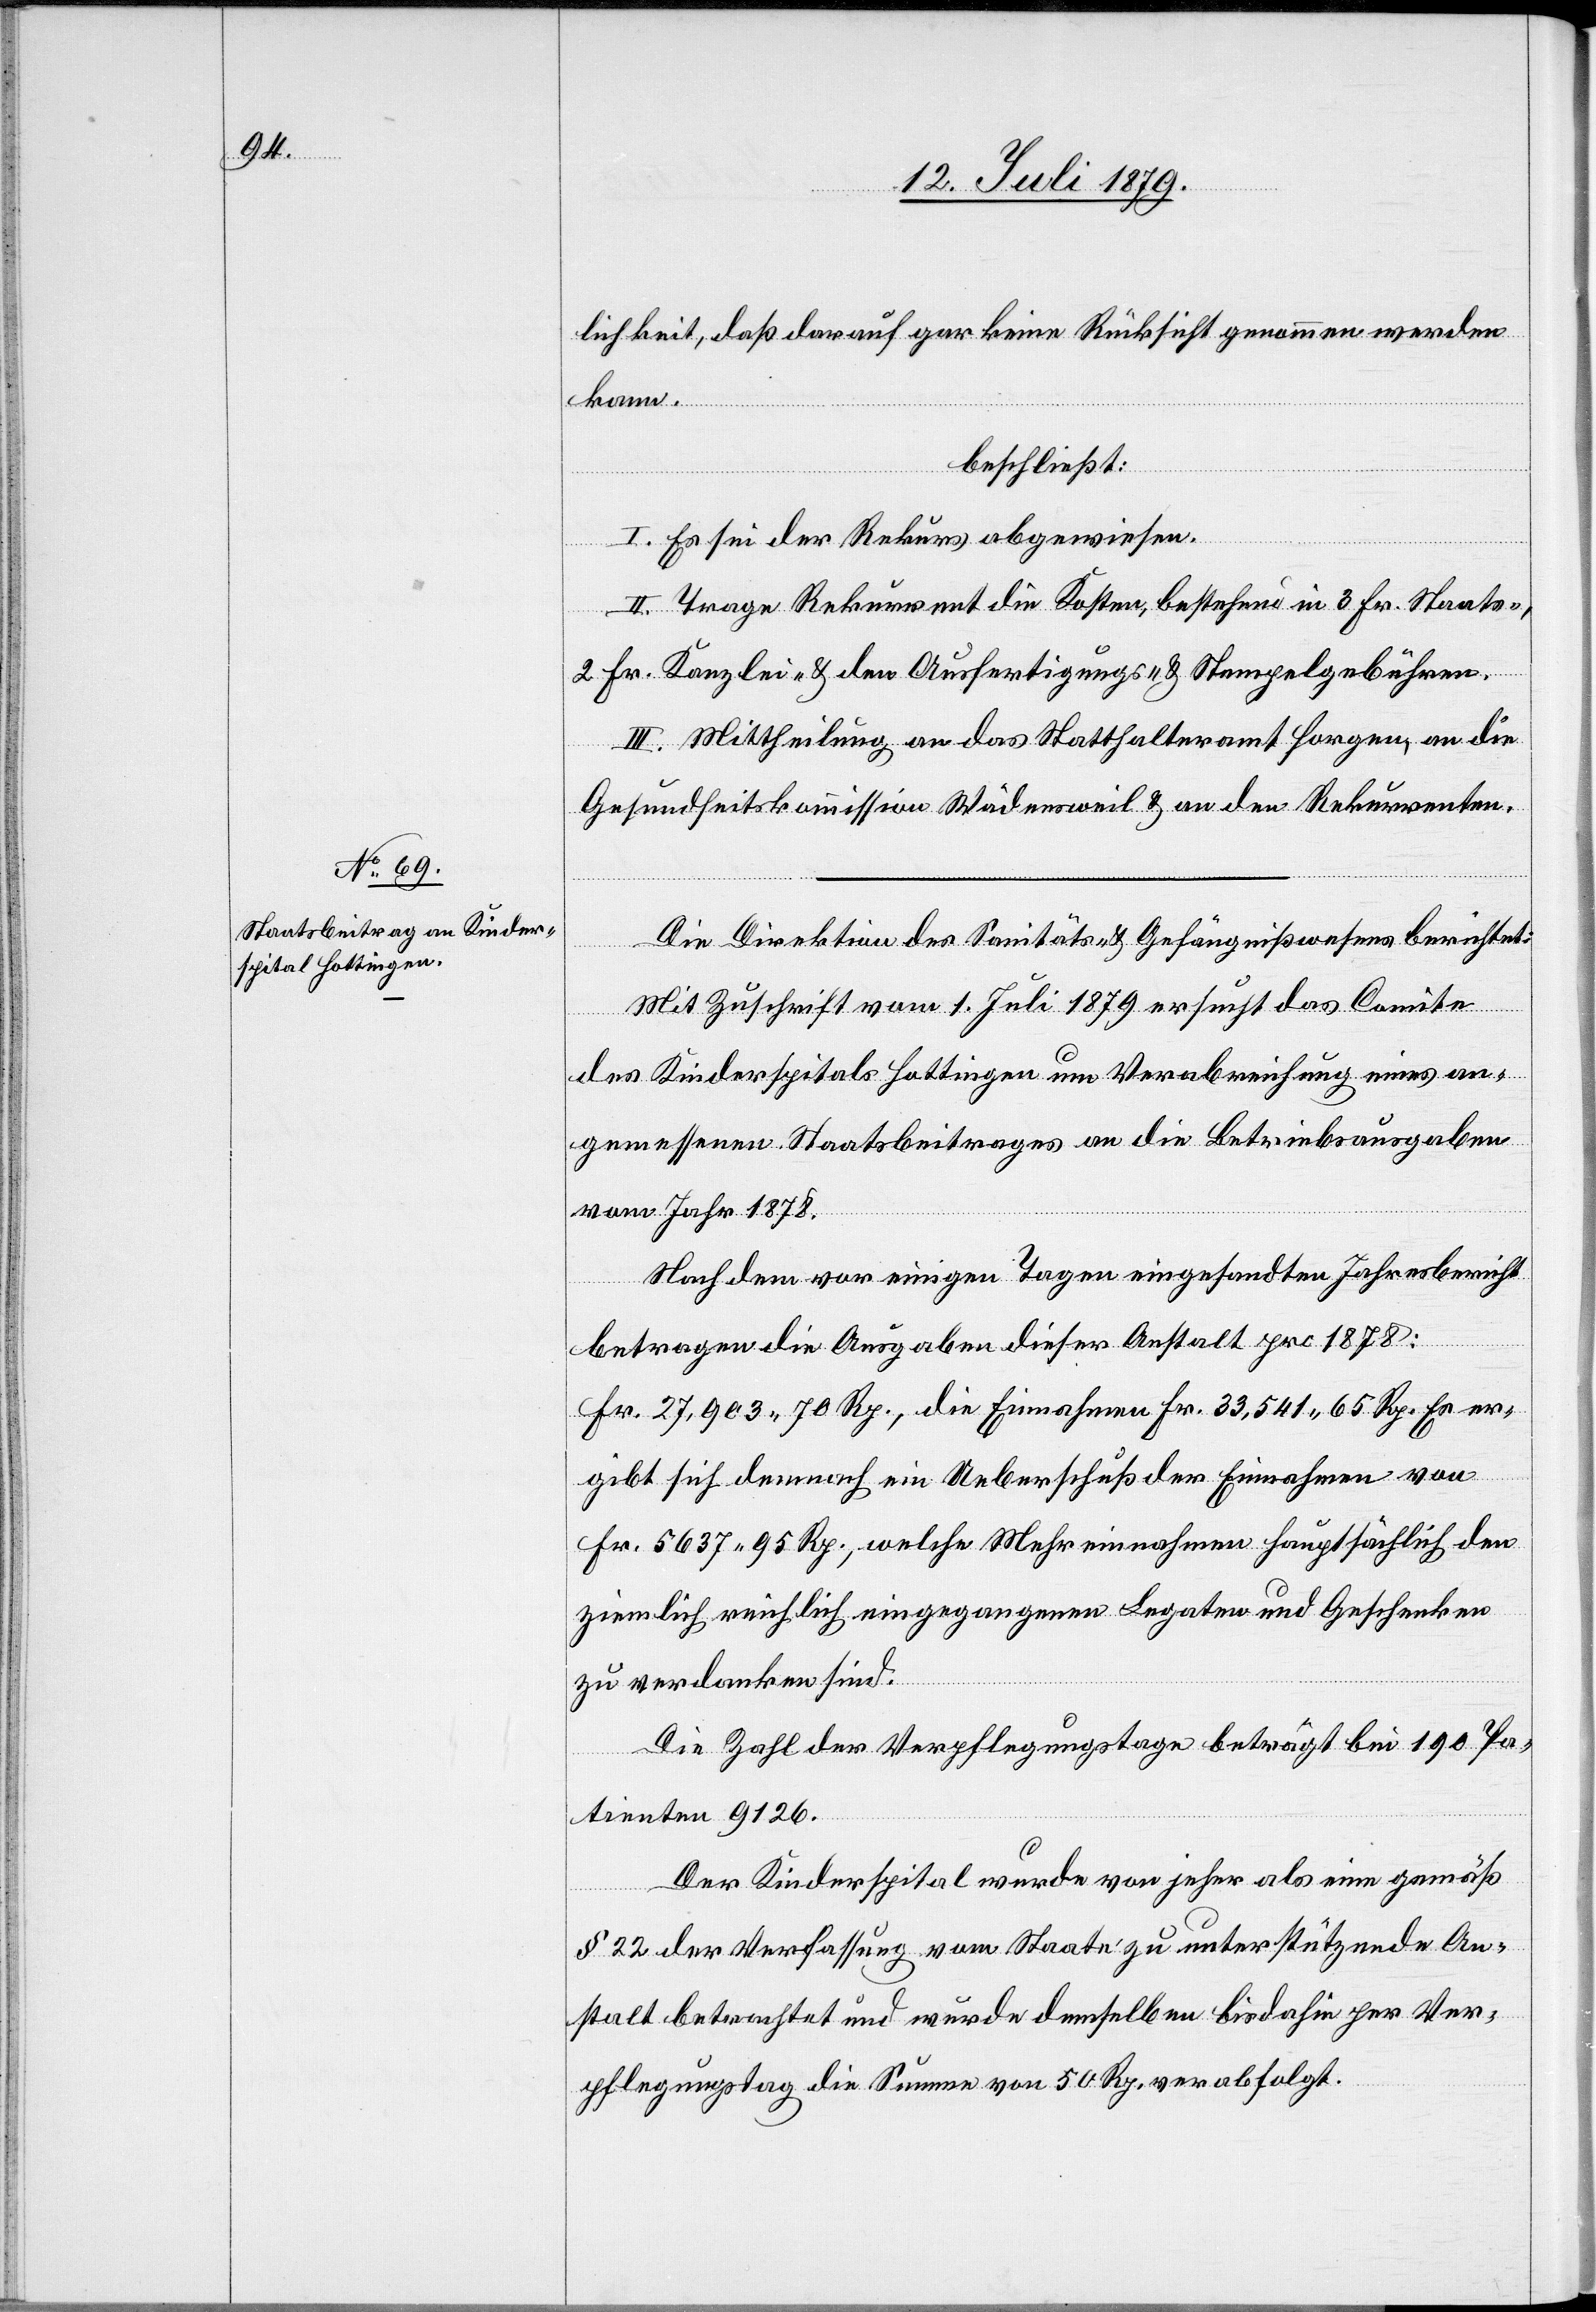
lichkeit, daß darauf gar keine Rücksicht genommen werden
kann.
beschließt:
I. Es sei der Rekurs abgewiesen.
II. Trage Rekurrent die Kosten, bestehend in 3 Fr. Staats-,
2 Fr. Kanzlei- & den Ausfertigungs- & Stempelgebühren.
III. Mittheilung an das Statthalteramt Horgen, an die
Gesundheitskommission Wädensweil & an den Rekurrenten.
Die Direktion des Sanitäts- & Gefängnißwesens berichtet:
Mit Zuschrift vom 1. Juli 1879 ersucht das Comite
des Kinderspitals Hottingen um Verabreichung eines an¬
gemessenen Staatsbeitrages an die Betriebsausgaben
vom Jahr 1878.
Nach dem vor einigen Tagen eingesandten Jahresbericht
betragen die Ausgaben dieser Anstalt pro 1878:
Fr. 27,903 70 Rp., die Einnahmen Fr. 33,541 65 Rp. Es er¬
gibt sich demnach ein Ueberschuß der Einnahmen von
Fr. 5637 95 Rp., welche Mehreinnahmen hauptsächlich den
ziemlich reichlich eingegangenen Legaten und Geschenken
zu verdanken sind.
Die Zahl der Verpflegungstage beträgt bei 190 Pa¬
tienten 9126.
Der Kinderspital wurde von jeher als eine gemäß
§ 22 der Verfassung vom Staate zu unterstützende An¬
stalt betrachtet und wurde demselben bis dahin per Ver¬
pflegungstag die Summe von 50 Rp. verabfolgt.